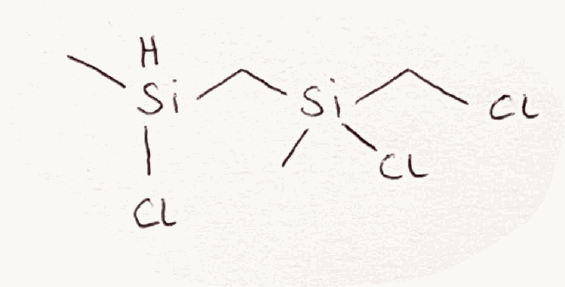
Simplified molecular-input line-entry system (SMILES) notation of the given molecule:
C[SiH](C[Si](C)(CCl)Cl)Cl